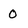
Character: 0